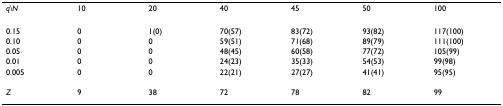
<table><thead><tr><td><b><i>q\N</i></b></td><td><b>10</b></td><td><b>20</b></td><td><b>40</b></td><td><b>45</b></td><td><b>50</b></td><td><b>100</b></td></tr></thead><tbody><tr><td>0.15</td><td>0</td><td>1(0)</td><td>70(57)</td><td>83(72)</td><td>93(82)</td><td>117(100)</td></tr><tr><td>0.10</td><td>0</td><td>0</td><td>59(51)</td><td>71(68)</td><td>89(79)</td><td>111(100)</td></tr><tr><td>0.05</td><td>0</td><td>0</td><td>48(45)</td><td>60(58)</td><td>77(72)</td><td>105(99)</td></tr><tr><td>0.01</td><td>0</td><td>0</td><td>24(23)</td><td>35(33)</td><td>54(53)</td><td>99(98)</td></tr><tr><td>0.005</td><td>0</td><td>0</td><td>22(21)</td><td>27(27)</td><td>41(41)</td><td>95(95)</td></tr><tr><td><i>Z</i></td><td>9</td><td>38</td><td>72</td><td>78</td><td>82</td><td>99</td></tr></tbody></table>